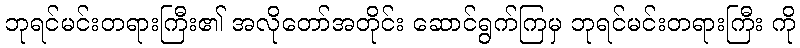
ဘုရင်မင်းတရားကြီး၏ အလိုတော်အတိုင်း ဆောင်ရွက်ကြမှ ဘုရင်မင်းတရားကြီး ကို